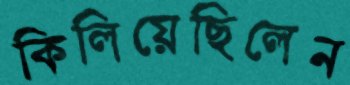
কিলিয়েছিলেন